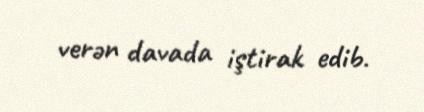
verən davada iştirak edib.